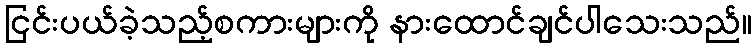
ငြင်းပယ်ခဲ့သည့်စကားများကို နားထောင်ချင်ပါသေးသည်။